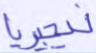
نيجيريا